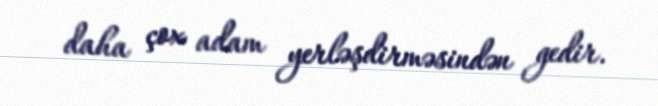
daha çox adam yerləşdirməsindən gedir.